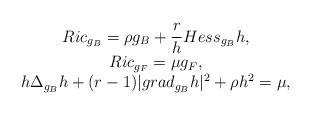
LaTeX: \begin{align*} \begin{array}{c}\displaystyle Ric_{g_B} = \rho g_B + \frac{r}{h}Hess_{g_B}h,\\Ric_{g_F}=\mu g_F,\\h\Delta_{g_B}h + (r-1)|grad_{g_B}h|^2 + \rho h^2 = \mu,\end{array}\end{align*}